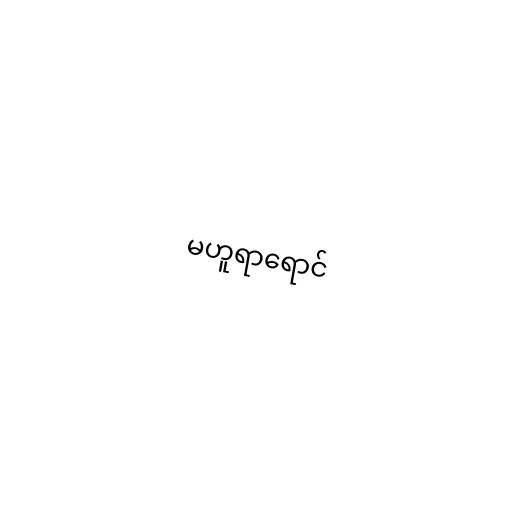
မဟူရာရောင်